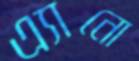
এ্যানো